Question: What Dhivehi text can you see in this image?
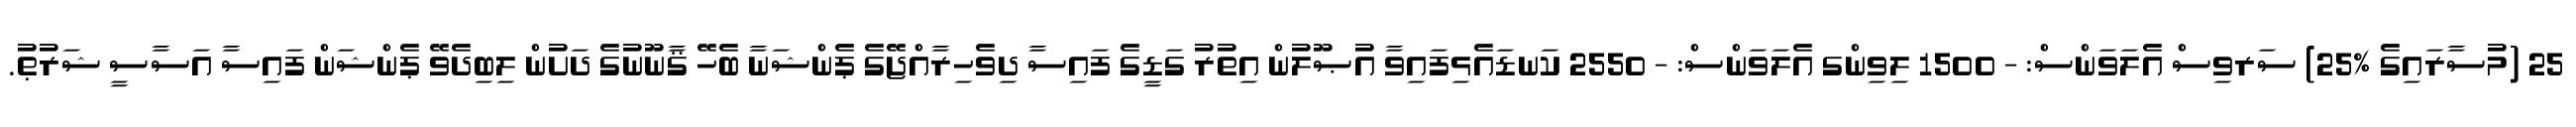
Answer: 25 (މުސާރައިގެ %25) ސަރވިސް އެލަވަންސް: - 1500 ލިވިންގ އެލަވަންސް: - 2550 ކަނޑައެޅިފައިވާ އުޞޫލުން އިތުރު ގަޑީގެ ފައިސާ ދިވެހިރާއްޖޭގެ ޕެންޝަނާ ބެހޭ ޤާނޫނުގެ ދަށުން ލިބިދެވޭ ޕެންޝަން ފައިސާ އަސާސީ ޝަރުޠު.